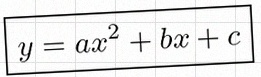
y=ax^2+bx+c